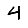
Digit: 4